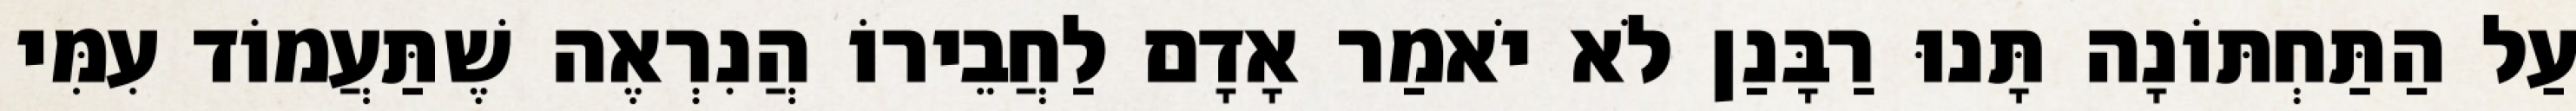
עַל הַתַּחְתּוֹנָה תָּנוּ רַבָּנַן לֹא יֹאמַר אָדָם לַחֲבֵירוֹ הֲנִרְאֶה שֶׁתַּעֲמוֹד עִמִּי